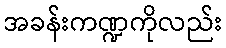
အခန်းကဏ္ဍကိုလည်း